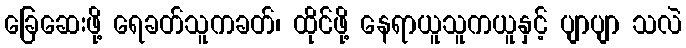
ခြေဆေးဖို့ ရေခတ်သူကခတ်၊ ထိုင်ဖို့ နေရာယူသူကယူနှင့် ပျာပျာ သလဲ